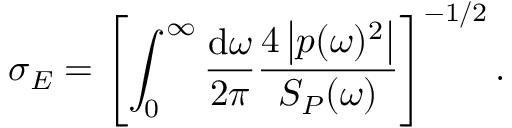
\sigma _ { E } = \left[ \int _ { 0 } ^ { \infty } \frac { \mathrm { d } \omega } { 2 \pi } \frac { 4 \left| p ( \omega ) ^ { 2 } \right| } { S _ { P } ( \omega ) } \right] ^ { - 1 / 2 } .